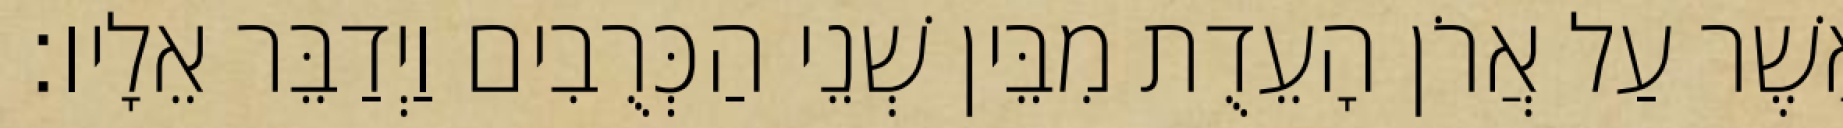
אֲשֶׁר עַל אֲרֹן הָעֵדֻת מִבֵּין שְׁנֵי הַכְּרֻבִים וַיְדַבֵּר אֵלָיו׃